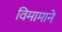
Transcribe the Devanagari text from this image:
विमामाने